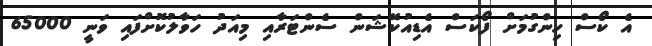
އެ ކޯސް ހިންގުމަށް ފޯކަސް އެޑިއުކޭޝަން ސެންޓަރާއި މިއަދު ހަވާލުކޮށްފައި ވަނީ 65000